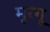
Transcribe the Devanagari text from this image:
मूरगू